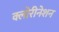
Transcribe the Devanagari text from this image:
क्लोरीनेशन